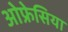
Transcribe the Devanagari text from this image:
ओफ्रेसिया